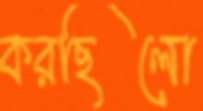
করছিলো